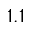
1 . 1